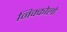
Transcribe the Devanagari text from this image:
निक्कोलो